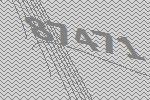
87471